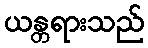
ယန္တရားသည်